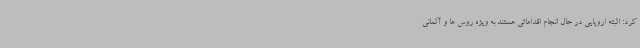
کرد: البته اروپایی در حال انجام اقداماتی هستند به ویژه روس ها و آلمانی